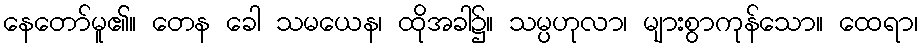
နေတော်မူ၏။ တေန ခေါ သမယေန၊ ထိုအခါ၌။ သမ္ပဟုလာ၊ များစွာကုန်သော။ ထေရာ၊